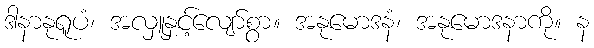
ဒါနာနုရူပံ၊ အလှူနှင့်လျော်စွာ။ အနုမောဒနံ၊ အနုမောဒနာကို။ န